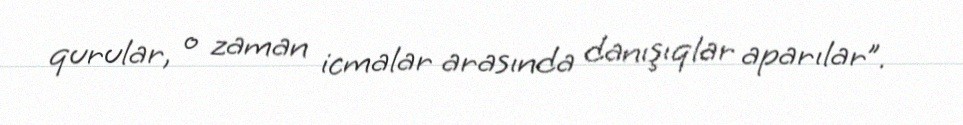
qurular, o zaman icmalar arasında danışıqlar aparılar”.